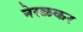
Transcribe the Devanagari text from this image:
नेरळकर